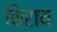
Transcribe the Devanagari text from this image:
किराय